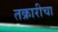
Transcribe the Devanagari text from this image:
तक्रारीचा